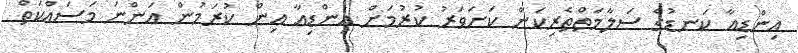
އިންޑިއާ ކަނޑުގެ ސަލާމަތްތެރިކަން ކަށަވަރު ކުރުމަށް އިންޑިއާ އިން ކުރަމުން އަންނަ މަސައްކަތް